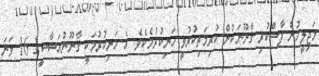
މަޖިލީހުން ފާސްކުރި ޤާނޫނަކުން ކުރިމަތިކުރުވީ ހަނިކުރުމެކެވެ. އެ ހަނިކުރުމަކީ ޤާނޫނުއަސާސީގެ 16 ވަނަ